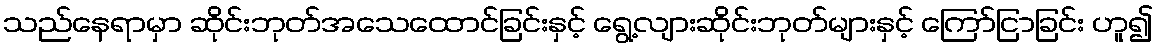
သည်နေရာမှာ ဆိုင်းဘုတ်အသေထောင်ခြင်းနှင့် ရွေ့လျားဆိုင်းဘုတ်များနှင့် ကြော်ငြာခြင်း ဟူ၍